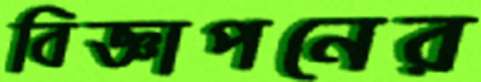
বিজ্ঞাপনের